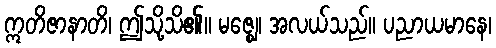
ဣတိဇာနာတိ၊ ဤသို့သိ၏။ မဇ္ဈေ၊ အလယ်သည်။ ပညာယမာနေ၊